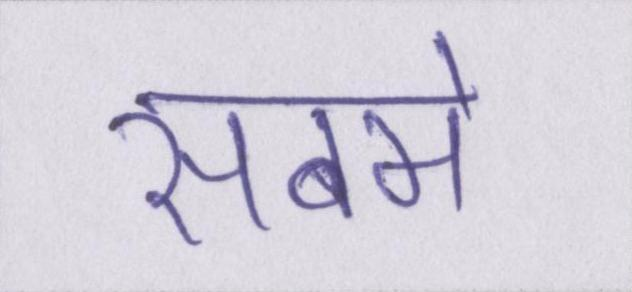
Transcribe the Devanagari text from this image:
सबमे